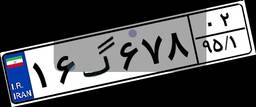
۱۶گ۶۷۸۰۲